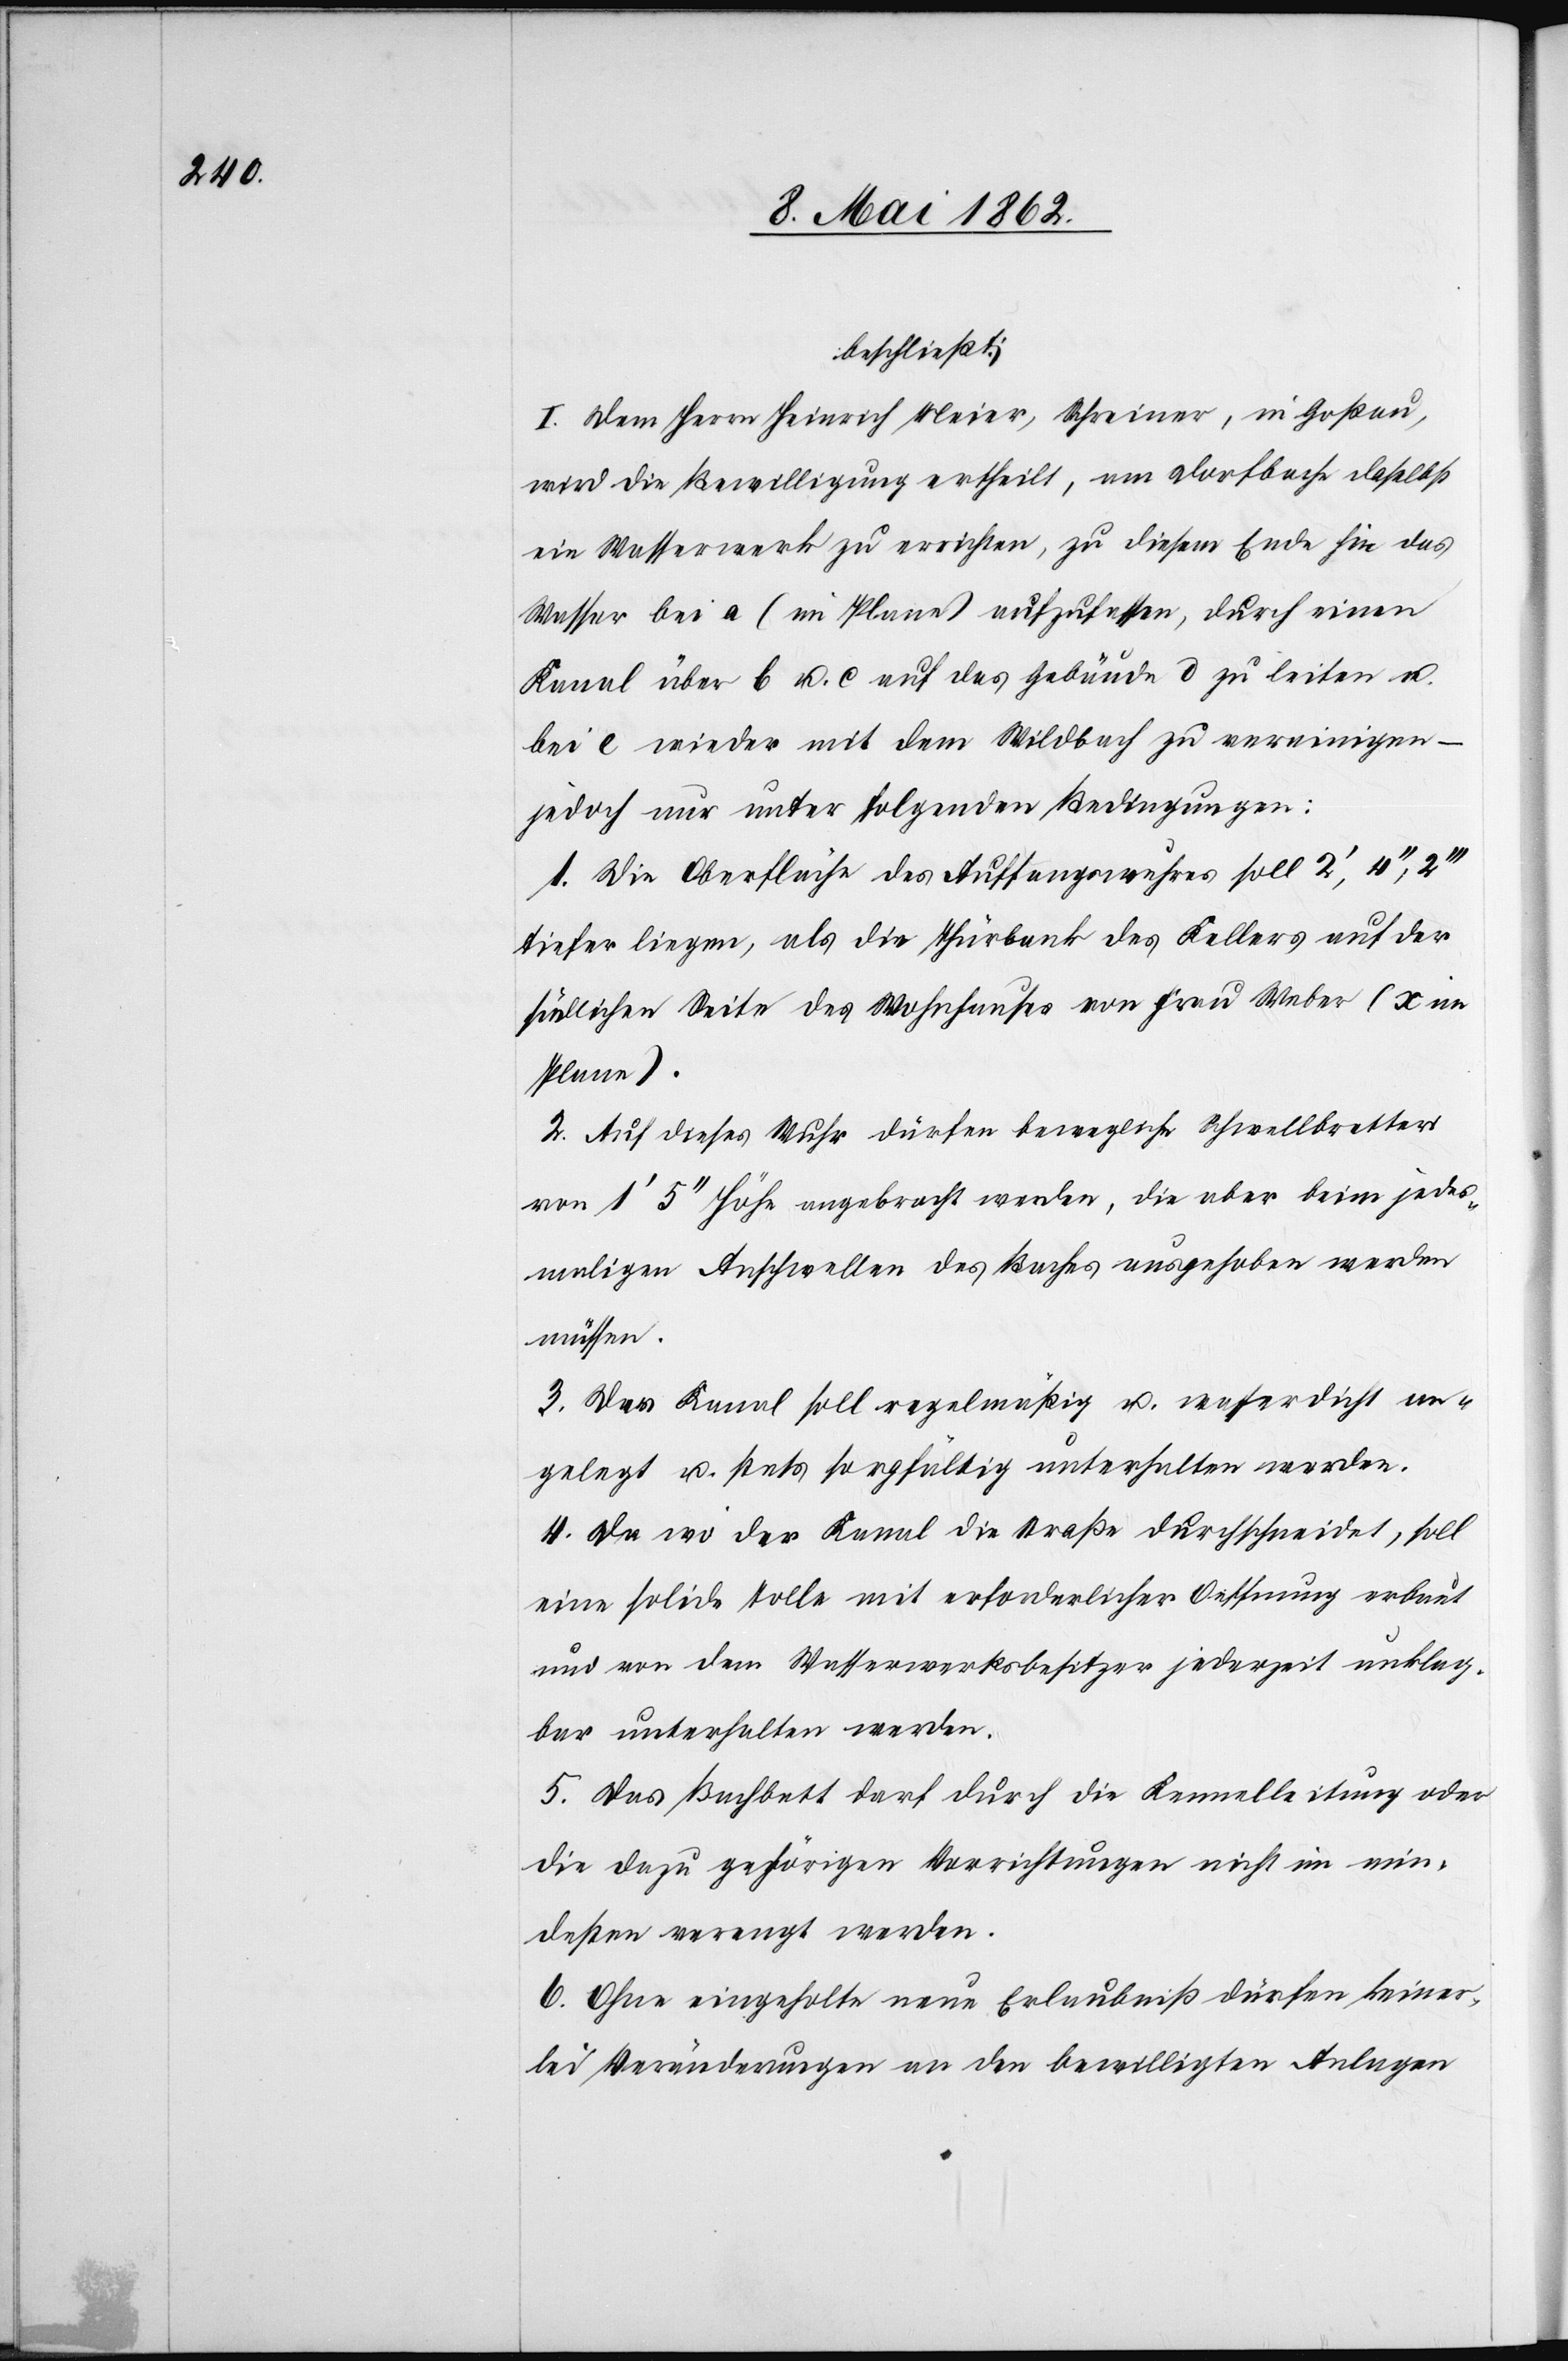
beschließt:
I. Dem Herrn Heinrich Meier, Schreiner, in Goßau,
wird die Bewilligung ertheilt, am Dorfbache daselbst
ein Wasserwerk zu errichten, zu diesem Ende hin das
Wasser bei a (im Plane) aufzufassen, durch einen
Kanal über b u. c auf das Gebäude d zu leisten u.
bei e wieder in den Wildbach zu vereinigen –
jedoch nur unter folgenden Bedingungen:
1. Die Oberfläche des Auffangswuhres soll 2’,4’’,2’’’
tiefer liegen, als die Thürbank des Kellers auf der
südlichen Seite des Wohnhauses von Frau Weber (x im
Plane).
2. Auf dieses Wuhr dürfen bewegliche Schwellbretter
von 1’ 5’’ Höhe angebracht werden, die aber beim jedes¬
maligen Anschwellen des Baches ausgehoben werden
müssen.
3. Der Kanal soll regelmäßig u. wasserdicht an¬
gelegt u. stets sorgfältig unterhalten werden.
4. Da wo der Kanal die Straße durchschneidet, soll
eine solide Tolle mit erforderlicher Oeffnung erbaut
und von dem Wasserwerksbesitzer jederzeit unklag¬
bar unterhalten werden.
5. Das Bachbett darf durch die Kennelleitung oder
die dazu gehörigen Verrichtungen nicht im min¬
desten verengt werden.
6. Ohne eingeholte neue Erlaubniß dürfen keiner¬
lei Veränderungen an den bewilligten Anlagen